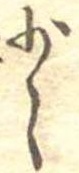
少々